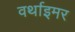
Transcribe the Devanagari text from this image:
वर्थाइमर